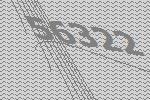
56322